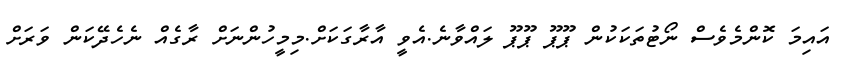
އައިމަ ކޮންމެވެސް ނޯޓުތަކަކުން ޕޫޕޫ ޕޫޕޫ ލައްވާނެ.އެވީ އާރާގަކަށް.މިމީހުންނަށް ރާގެއް ނެހެދޭކަން ވަރަށް